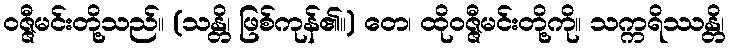
ဝဇ္ဇီမင်းတို့သည်။ (သန္တိ၊ ဖြစ်ကုန်၏။) တေ၊ ထိုဝဇ္ဇီမင်းတို့ကို။ သက္ကရိဿန္တိ၊